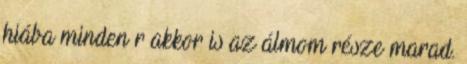
hiába minden r akkor is az álmom része marad.